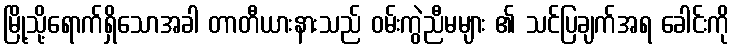
မြို့သို့ရောက်ရှိသောအခါ တာတီယားနားသည် ဝမ်းကွဲညီမများ ၏ သင်ပြချက်အရ ခေါင်းကို